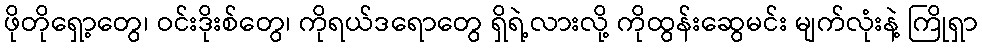
ဖိုတိုရှော့တွေ၊ ဝင်းဒိုးစ်တွေ၊ ကိုရယ်ဒရောတွေ ရှိရဲ့လားလို့ ကိုထွန်းဆွေမင်း မျက်လုံးနဲ့ ကြိုရှာ